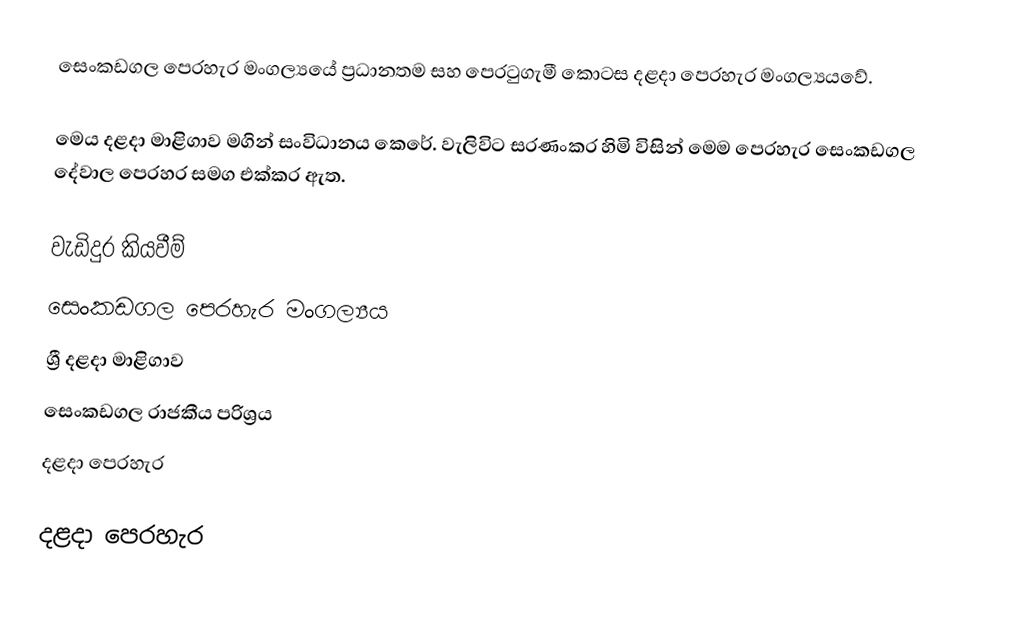
සෙංකඩගල පෙරහැර මංගල්‍යයේ ප්‍රධානතම සහ පෙරටුගැමී කොටස දළදා පෙරහැර මංගල්‍යයවේ.

මෙය දළදා මාළිගාව මගින් සංවිධානය කෙරේ. වැලිවිට සරණංකර හිමි විසින් මෙම පෙරහැර සෙංකඩගල දේවාල පෙරහර සමග  එක්කර ඇත.

වැඩිදුර කියවීම්
 සෙංකඩගල පෙරහැර මංගල්‍යය
 ශ්‍රී දළදා මාළිගාව
 සෙංකඩගල රාජකීය පරිශ්‍රය
 දළදා පෙරහැර

දළදා පෙරහැර